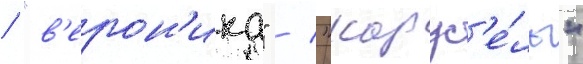
/ "в'ерон'ика" / "карус'е́ль"